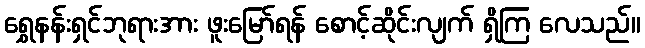
ရွှေနန်းရှင်ဘုရားအား ဖူးမြော်ရန် စောင့်ဆိုင်းလျက် ရှိကြ လေသည်။